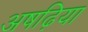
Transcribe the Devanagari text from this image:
अषढ़िया